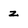
Character: z